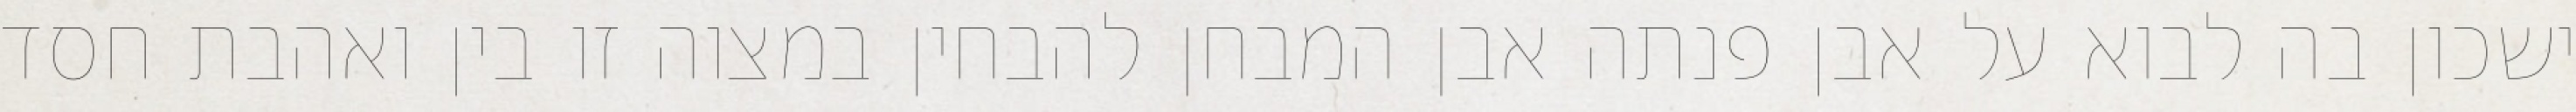
ישכון בה לבוא על אבן פנתה אבן המבחן להבחין במצוה זו בין ואהבת חסד